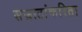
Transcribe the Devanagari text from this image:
सम्राटांकरिता